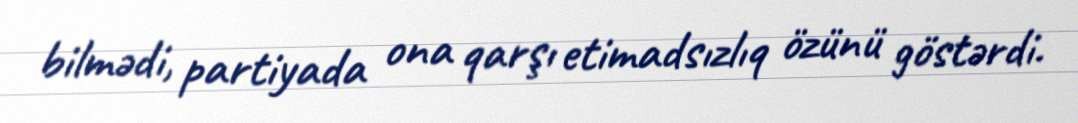
bilmədi, partiyada ona qarşı etimadsızlıq özünü göstərdi.